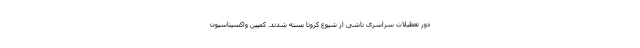
دور تعطیلات سراسری ناشی از شیوع کرونا بسته شدند. کمپین واکسیناسیون